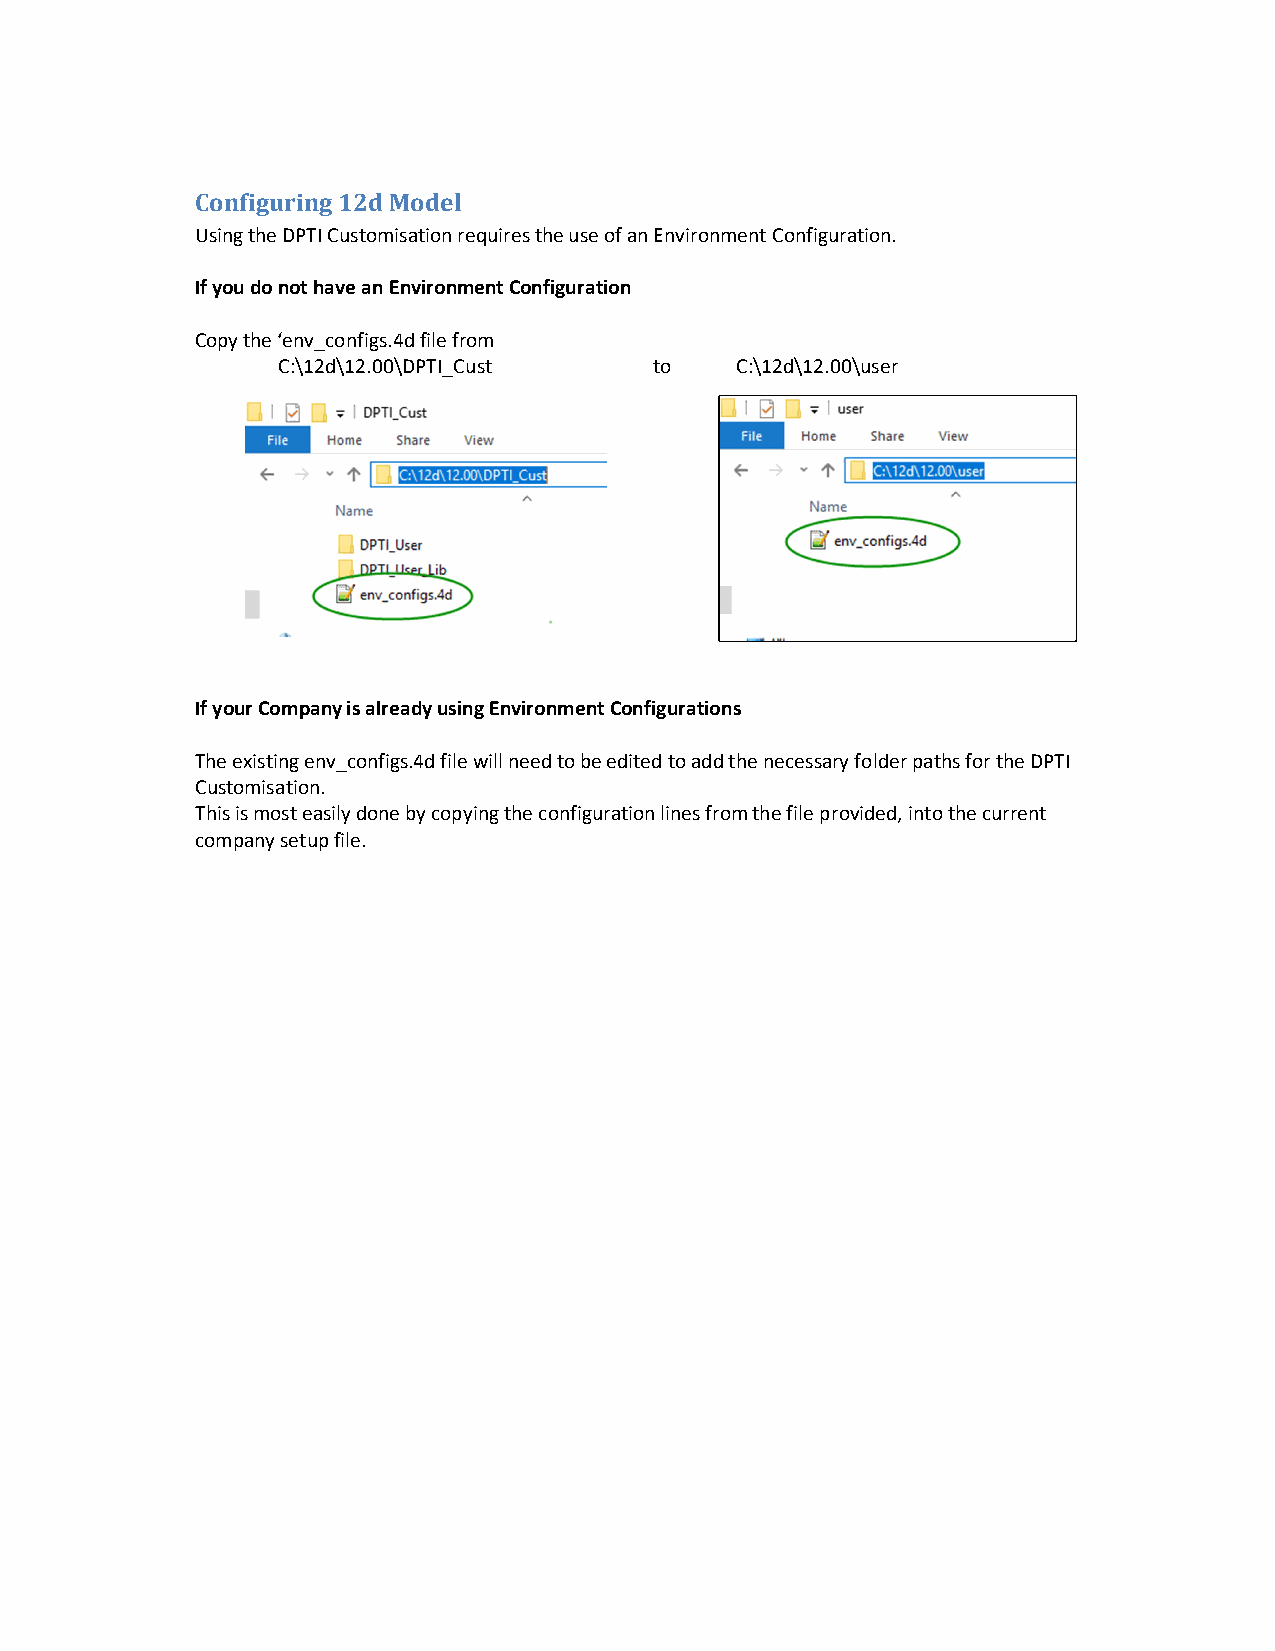
Configuring 12d Model
 Using the DPTI Customisation requires the use of an Environment Configuration.
 If you do not have an Environment Configuration
 Copy the ‘env_configs.4d file from
 C:\12d\12.00\DPTI_Cust   to    C:\12d\12.00\user
 If your Company is already using Environment Configurations
 The existing env_configs.4d file will need to be edited to add the necessary folder paths for the DPTI
 Customisation.
 This is most easily done by copying the configuration lines from the file provided, into the current
 company setup file.